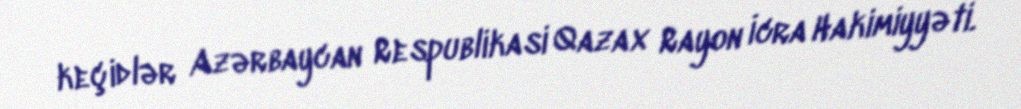
keçidlər Azərbaycan Respublikasi Qazax Rayon İcra Hakimiyyəti.